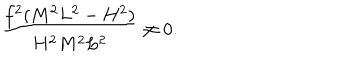
LaTeX: \hspace { 1 0 e m } \frac { f ^ { 2 } ( M ^ { 2 } L ^ { 2 } - H ^ { 2 } ) } { H ^ { 2 } M ^ { 2 } L ^ { 2 } } \neq 0 .